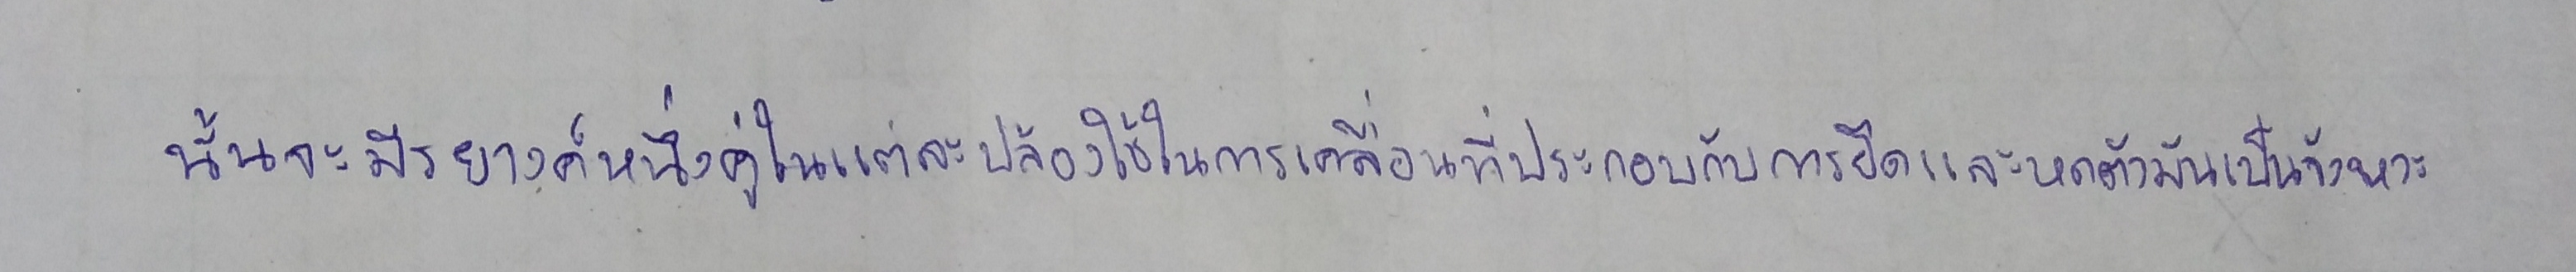
นั้นจะมีรยางค์หนึ่งคู่ในแต่ละปล้องใช้ในการเคลื่อนที่ประกอบกับการยืดและหดตัวมันเป็นจังหวะ